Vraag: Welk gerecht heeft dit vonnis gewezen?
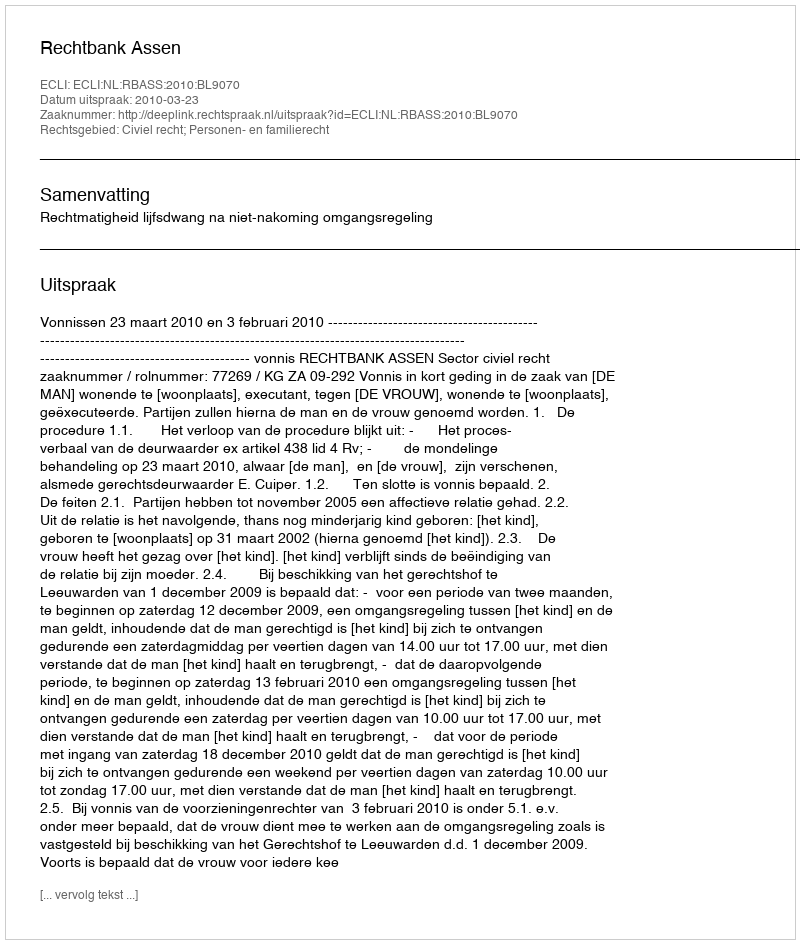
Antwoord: Rechtbank Assen